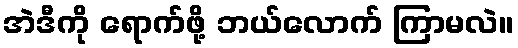
အဲဒီကို ရောက်ဖို့ ဘယ်လောက် ကြာမလဲ။